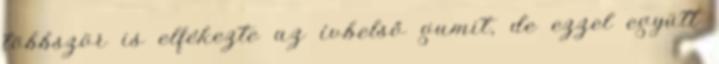
többször is elfékezte az ívbelső gumit, de ezzel együtt